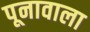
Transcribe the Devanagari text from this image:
पूनावाला